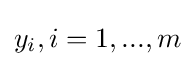
y_{i},i=1,...,m